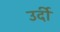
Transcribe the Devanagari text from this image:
उर्दी